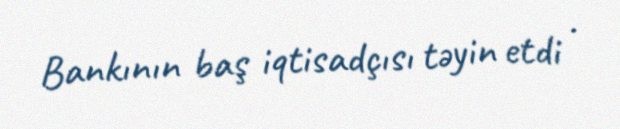
Bankının baş iqtisadçısı təyin etdi .